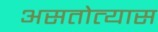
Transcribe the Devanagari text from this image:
असतोत्यास